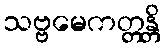
သဗ္ဗမေကတ္တန္တိ